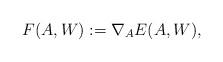
LaTeX: \begin{align*}F(A,W):= \nabla_A E(A,W),\end{align*}